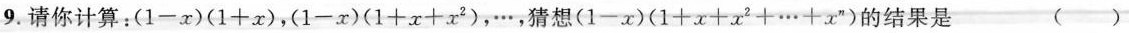
9.请你计算：$$( 1 - x ) ( 1 + x )$$，$$( 1 - x ) ( 1 + x + x ^ { 2 } )$$，…，猜想$$( 1 - x ) ( 1 + x + x ^ { 2 } + … + x ^ { n } )$$的结果是 ()